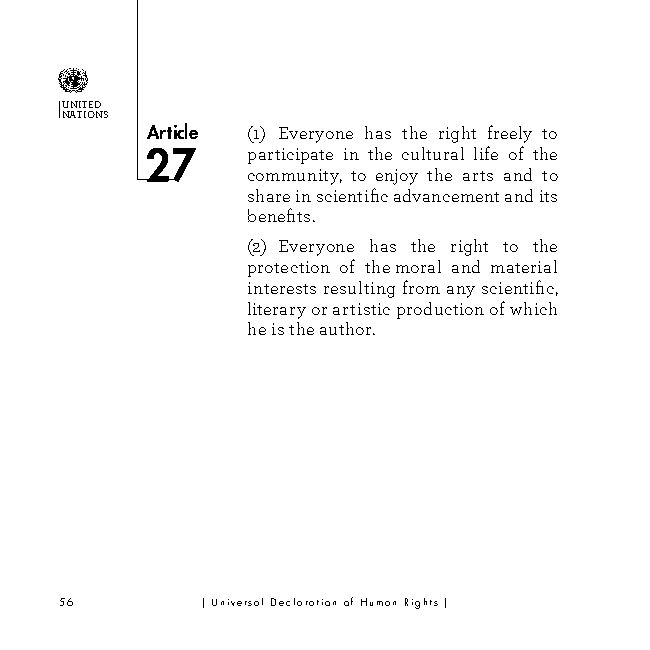
UNITED
 NATIONS
 Article (1) Everyone has the right freely to
 participate in the cultural life of the
 community, to enjoy the arts and to
 share in scientific advancement and its
 benefits.
 (2) Everyone has the right to the
 protection of the moral and material
 interests resulting from any scientific,
 literary or artistic production of which
 he is the author.
 56       | Universal Declaration of Human Rights |